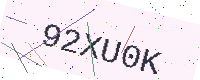
Text: 92XU0K